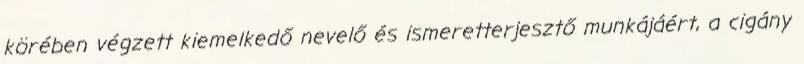
körében végzett kiemelkedő nevelő és ismeretterjesztő munkájáért, a cigány